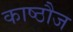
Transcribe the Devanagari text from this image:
काष्ठौज